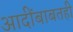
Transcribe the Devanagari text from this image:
आदींबाबतही